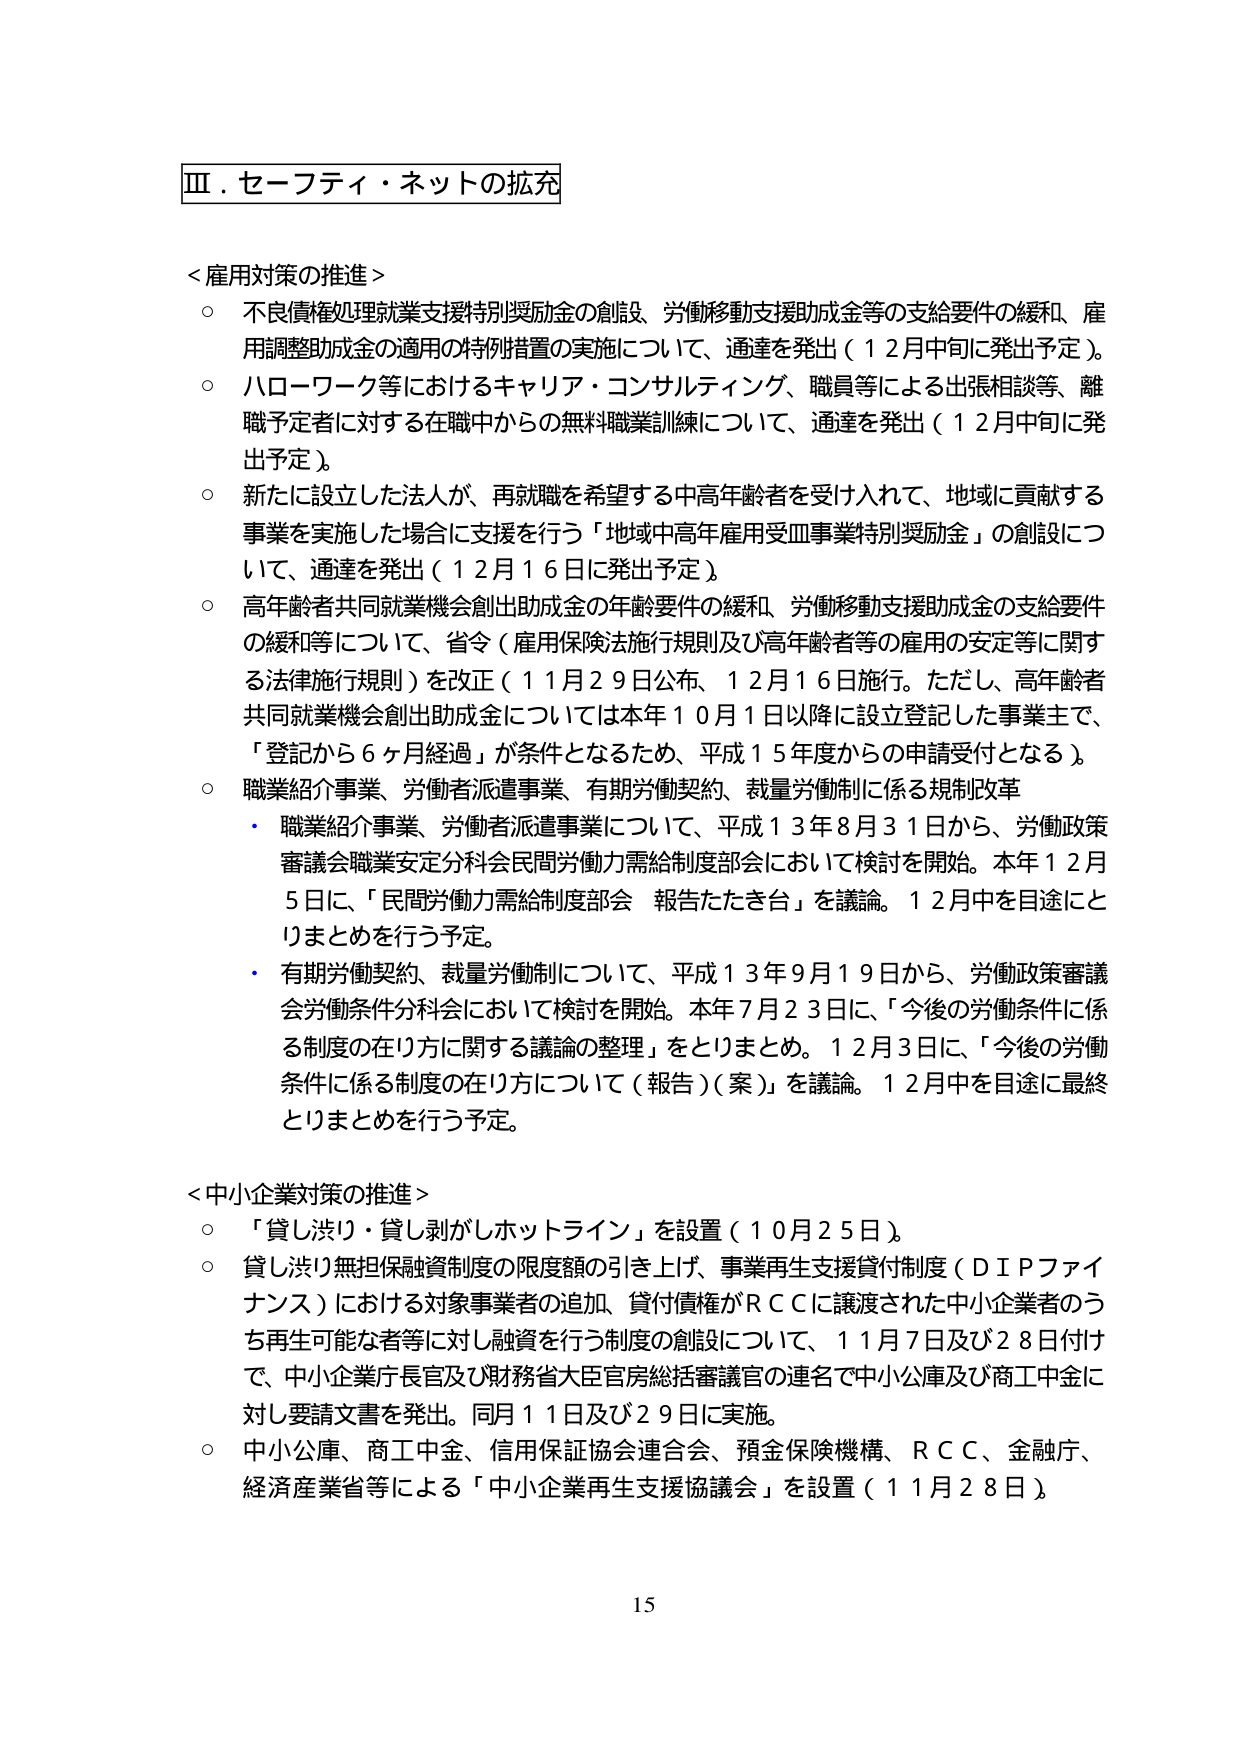
Ⅲ．セーフティ・ネットの拡充

＜雇用対策の推進＞
○ 不良債権処理就業支援特別奨励金の創設、労働移動支援助成金等の支給要件の緩和、雇用調整助成金の適用の特例措置の実施について、通達を発出（12月中旬に発出予定）。
○ ハローワーク等におけるキャリア・コンサルティング、職員等による出張相談等、離職予定者に対する在職中からの無料職業訓練について、通達を発出（12月中旬に発出予定）。
○ 新たに設立した法人が、再就職を希望する中高年齢者を受け入れて、地域に貢献する事業を実施した場合に支援を行う「地域中高年雇用受皿事業特別奨励金」の創設について、通達を発出（12月16日に発出予定）。
○ 高年齢者共同就業機会創出助成金の年齢要件の緩和、労働移動支援助成金の支給要件の緩和等について、省令（雇用保険法施行規則及び高年齢者等の雇用の安定等に関する法律施行規則）を改正（11月29日公布、12月16日施行。ただし、高年齢者共同就業機会創出助成金については本年10月1日以降に設立登記した事業主で、「登記から6ヶ月経過」が条件となるため、平成15年度からの申請受付となる）。
○ 職業紹介事業、労働者派遣事業、有期労働契約、裁量労働制に係る規制改革
・ 職業紹介事業、労働者派遣事業について、平成13年8月31日から、労働政策審議会職業安定分科会民間労働力需給制度部会において検討を開始。本年12月5日に、「民間労働力需給制度部会 報告たたき台」を議論。12月中を目途にとりまとめを行う予定。
・ 有期労働契約、裁量労働制について、平成13年9月19日から、労働政策審議会労働条件分科会において検討を開始。本年7月23日に、「今後の労働条件に係る制度の在り方に関する議論の整理」をとりまとめ。12月3日に、「今後の労働条件に係る制度の在り方について（報告）（案）」を議論。12月中を目途に最終とりまとめを行う予定。

＜中小企業対策の推進＞
○ 「貸し渋り・貸し剥がしホットライン」を設置（10月25日）。
○ 貸し渋り無担保融資制度の限度額の引き上げ、事業再生支援貸付制度（ＤＩＰファイナンス）における対象事業者の追加、貸付債権がＲＣＣに譲渡された中小企業者のうち再生可能な者等に対し融資を行う制度の創設について、11月7日及び28日付けで、中小企業庁長官及び財務省大臣官房総括審議官の連名で中小公庫及び商工中金に対し要請文書を発出。同月11日及び29日に実施。
○ 中小公庫、商工中金、信用保証協会連合会、預金保険機構、ＲＣＣ、金融庁、経済産業省等による「中小企業再生支援協議会」を設置（11月28日）。

15